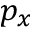
p _ { x }